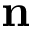
{ \bf n }